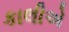
કાલીએ